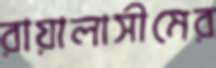
রায়ালাসীমের